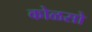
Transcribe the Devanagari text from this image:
कोळसो